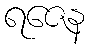
ရဇေန